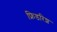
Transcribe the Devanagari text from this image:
फ्रिडरिश